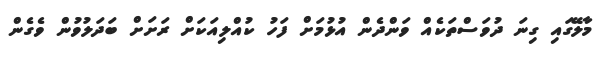
މާލޭގައި ގިނަ ދުވަސްތަކެއް ވަންދެން އުޅުމަށް ފަހު ކުއްލިއަކަށް ރަށަށް ބަދަލުވުން ވެގެން